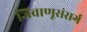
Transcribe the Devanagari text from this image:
जिवाणूसंसर्ग